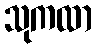
သုကထာ